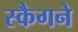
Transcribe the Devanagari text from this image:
स्कैगने